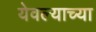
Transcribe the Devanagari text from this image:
येवल्याच्या